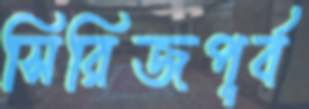
সিরিজপূর্ব